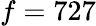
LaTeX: f=727